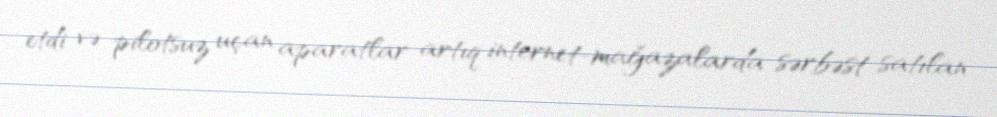
etdi və pilotsuz uçan aparatlar artıq internet-mağazalarda sərbəst satılan